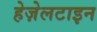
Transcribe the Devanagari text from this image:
हेज़ेलटाइन